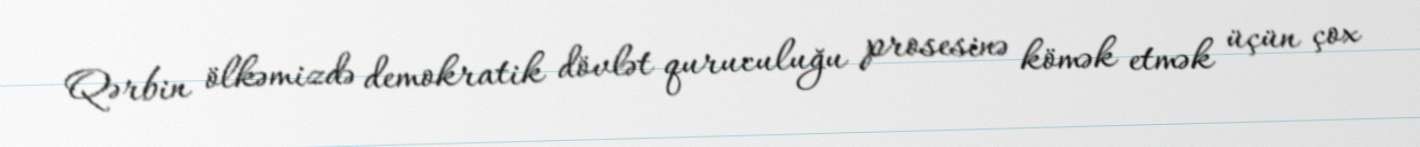
Qərbin ölkəmizdə demokratik dövlət quruculuğu prosesinə kömək etmək üçün çox